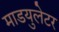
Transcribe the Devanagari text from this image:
माडयुलेटर